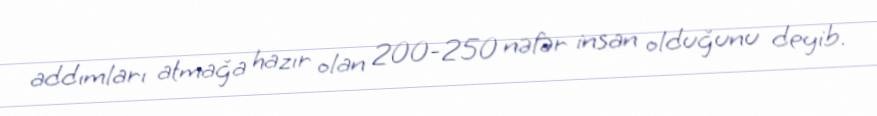
addımları atmağa hazır olan 200-250 nəfər insan olduğunu deyib.